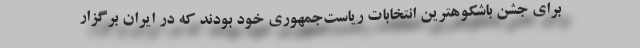
برای جشن باشکوهترین انتخابات ریاست‌جمهوری خود بودند که در ایران برگزار